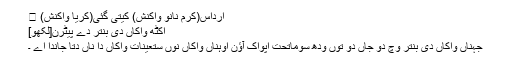
ارداس(کرم نانوَ واکنش) کیتی گئی(کریا واکنش) ।
اکٹھ واکاں دی بنتر دے پیٹرن[لکھو]
جہناں واکاں دی بنتر وچ دو جاں دو توں ودھ سوماتحت اپواک آؤن اوہناں واکاں نوں ستعینات واکاں دا ناں دتا جاندا اے ۔